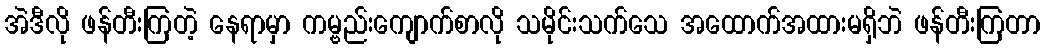
အဲဒီလို ဖန်တီးကြတဲ့ နေရာမှာ ကမ္ဗည်းကျောက်စာလို သမိုင်းသက်သေ အထောက်အထားမရှိဘဲ ဖန်တီးကြတာ